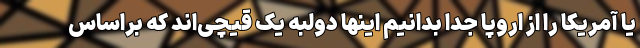
یا آمریکا را از اروپا جدا بدانیم اینها دولبه یک قیچی‌اند که براساس